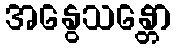
အနွေသန္တော